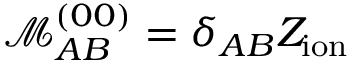
\mathcal { M } _ { A B } ^ { ( 0 0 ) } = \delta _ { A B } Z _ { \mathrm { i o n } }